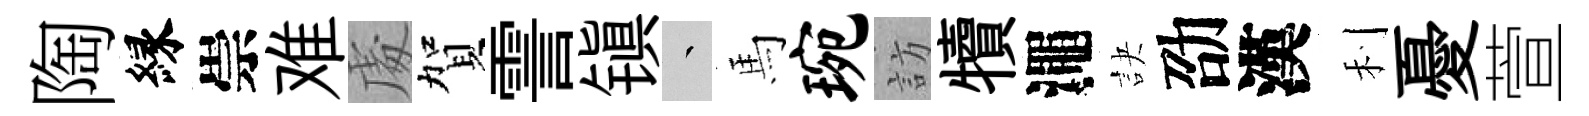
陶縁崇难䖏賀霅镇叢馬琬訪犢澠訣劭漢利憂萱